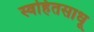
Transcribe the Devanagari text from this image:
स्वहितसाधू